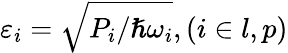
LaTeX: \varepsilon_{i}=\sqrt{P_{i}/\hslash\omega_{i}},(i\in l,p)